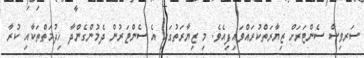
ސަރވިސް ސެންޓަރަށް ޒިޔާރަތްކުރައްވައިފިއެވެ. މި ޒިޔާރަތުގައި އެ ސެންޓަރުން ދެމުންގެންދާ ޚިދުމަތްތަކާއި ކުރާ